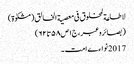
لاطاعة لمخلوق فی معصیة الخالق (مشکوٰة)
(بصائروعبر،ج١ص٥٨تا٦٢)
2017 نواءے امت ۔